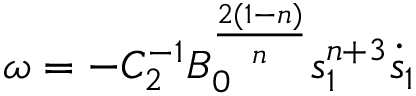
\omega = - C _ { 2 } ^ { - 1 } B _ { 0 } ^ { \frac { 2 ( 1 - n ) } { n } } s _ { 1 } ^ { n + 3 } \dot { s } _ { 1 }